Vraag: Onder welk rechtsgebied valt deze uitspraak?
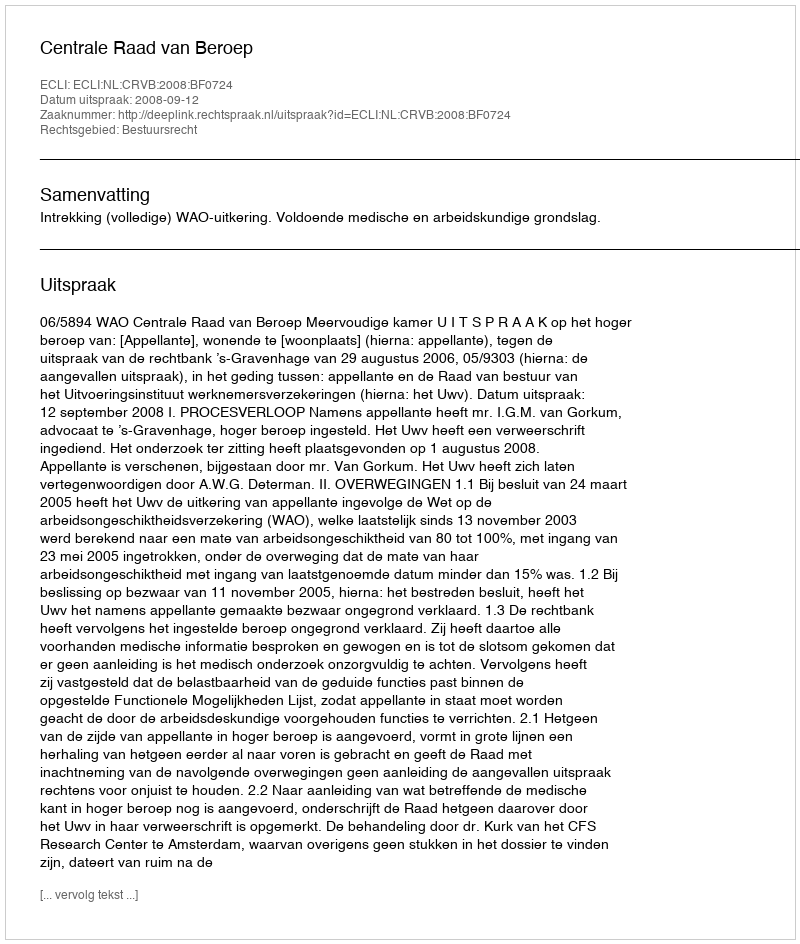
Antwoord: Bestuursrecht